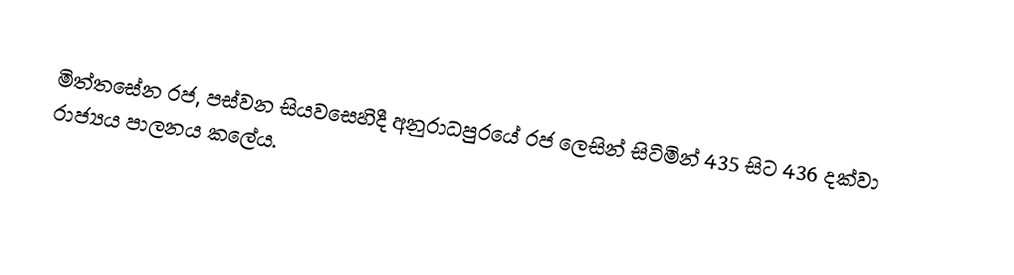
මිත්තසේන රජ, පස්වන සියවසෙහිදී අනුරාධපුරයේ රජ ලෙසින් සිටිමින්  435 සිට 436 දක්වා රාජ්‍යය පාලනය කලේය.